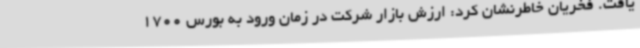
یافت. فخریان خاطرنشان کرد: ارزش بازار شرکت در زمان ورود به بورس 1700